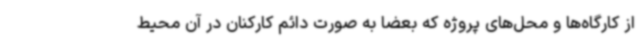
از کارگاه‌ها و محل‌های پروژه که بعضا به صورت دائم کارکنان در آن محیط